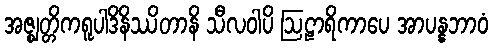
အဇ္ဈတ္တိကရူပါဒိနိဿိတာနိ သီလဝါပိ ဩဠာရိကာပေ အာပန္နဘာဝံ